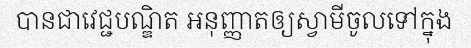
បានជាវេជ្ជបណ្ឌិត អនុញ្ញាតឲ្យស្វាមីចូលទៅក្នុង